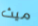
ميث